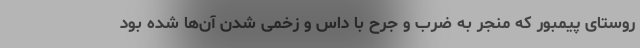
روستای پیمبور که منجر به ضرب و جرح با داس و زخمی شدن آن‌ها شده بود